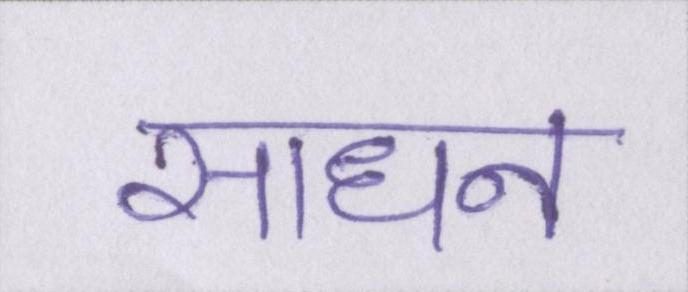
साधन